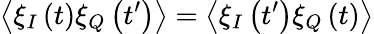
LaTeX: \left\langle\xi_{I}\left(t\right)\xi_{Q}\left(t^{\prime}\right)\right\rangle=\left\langle\xi_{I}\left(t^{\prime}\right)\xi_{Q}\left(t\right)\right\rangle